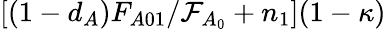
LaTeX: [(1-d_{A})F_{A01}/\mathcal{F}_{A_{0}}+n_{1}](1-\kappa)